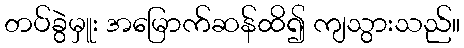
တပ်ခွဲမှူး အမြောက်ဆန်ထိ၍ ကျသွားသည်။